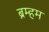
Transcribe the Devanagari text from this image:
ब्रम्हम